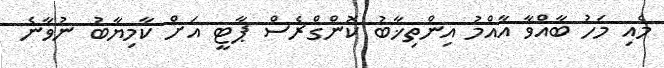
މެއި މަހު ބާއްވާ އާއްމު އިންތިޚާބު ކޮންގްރެސް ޕާޓީ އަށް ކާމިޔާބު ނުވާނެ